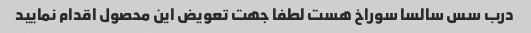
درب سس سالسا سوراخ هست لطفا جهت تعویض این محصول اقدام نمایید